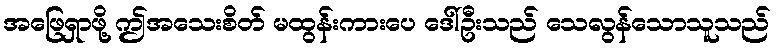
အဖြေရှာဖို့ ဤအသေးစိတ် မထွန်းကားပေ ဒေါ်ဦးသည် သေလွန်သောသူသည်